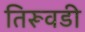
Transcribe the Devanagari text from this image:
तिरूवडी